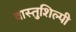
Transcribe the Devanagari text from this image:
वास्‍तुशिल्‍पी